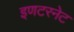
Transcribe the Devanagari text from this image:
इणटरनेट